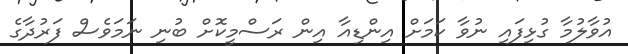
އުވާލުމާ ގުޅިފައި ނުވާ ކަމަށް އިންޑިއާ އިން ރަސްމީކޮށް ބުނި ނަމަވެސް ފަރުދާގެ